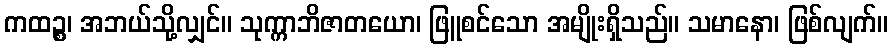
ကထဉ္စ၊ အဘယ်သို့လျှင်။ သုက္ကာဘိဇာတယော၊ ဖြူစင်သော အမျိုးရှိသည်။ သမာနော၊ ဖြစ်လျက်။